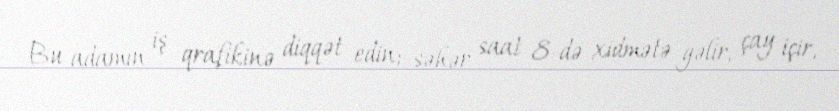
Bu adamın iş qrafikinə diqqət edin; səhər saat 8-də xidmətə gəlir, çay içir,